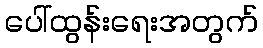
ပေါ်ထွန်းရေးအတွက်